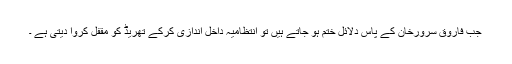
جب فاروق سرورخان کے پاس دلائل ختم ہو جاتے ہیں تو انتظامیہ داخل اندازی کرکے تھریڈ کو مقفل کروا دیتی ہے ۔